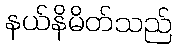
နယ်နိမိတ်သည်